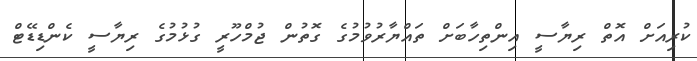
ކުރިއަށް އޮތް ރިޔާސީ އިންތިހާބަށް ތައްޔާރުވުމުގެ ގޮތުން ޖުމްހޫރީ ގުޅުމުގެ ރިޔާސީ ކެންޑިޑޭޓް